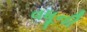
વધૂની